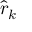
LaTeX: \boldsymbol { { \hat { r } } _ { k } }